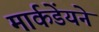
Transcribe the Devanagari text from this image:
मार्कडेंयने